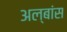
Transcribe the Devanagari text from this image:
अल्बांस